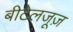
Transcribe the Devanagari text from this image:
बीटेलजूज़